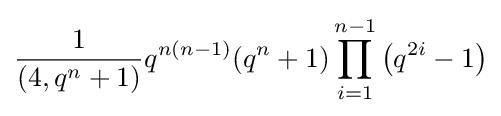
{1 \over (4,q^{n}+1)}q^{n(n-1)}(q^{n}+1)\prod _{i=1}^{n-1}\left(q^{2i}-1\right)